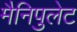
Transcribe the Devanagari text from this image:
मैनिपुलेट